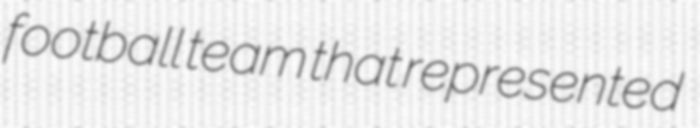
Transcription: football team that represented